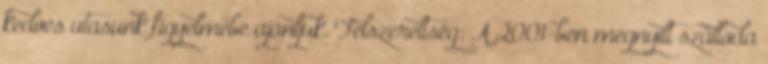
kedves utasunk figyelmébe ajánljuk. Felszereltség: A 2001-ben megnyílt szálloda